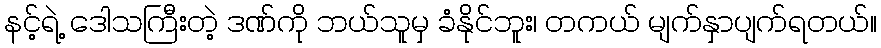
နင့်ရဲ့ ဒေါသကြီးတဲ့ ဒဏ်ကို ဘယ်သူမှ ခံနိုင်ဘူး၊ တကယ် မျက်နှာပျက်ရတယ်။